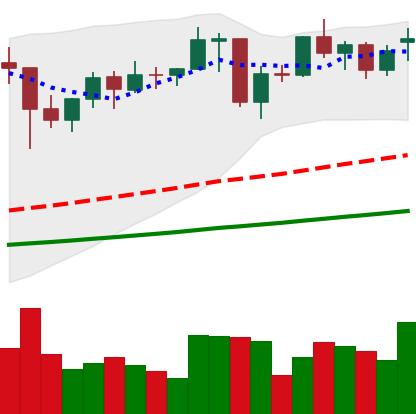
Ticker: ETH-USD
Chart end date: 2021-01-29
Forward return: 20.136%
Label: up_7plus